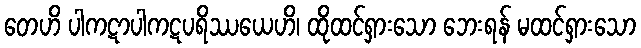
တေဟိ ပါကဋာပါကဋပရိဿယေဟိ၊ ထိုထင်ရှားသော ဘေးရန် မထင်ရှားသော